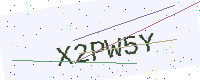
Text: X2PW5Y